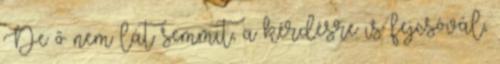
De ő nem lát semmit, a kérdésre is fejcsóvál,